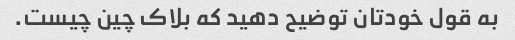
به قول خودتان توضیح دهید که بلاک چین چیست.